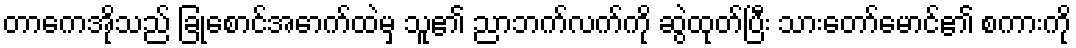
တာကေအိုသည် ခြုံစောင်အောက်ထဲမှ သူ၏ ညာဘက်လက်ကို ဆွဲထုတ်ပြီး သားတော်မောင်၏ စကားကို